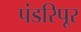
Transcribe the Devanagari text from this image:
पंडरिपूर